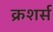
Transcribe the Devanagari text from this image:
क्रशर्स